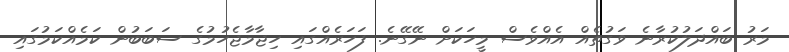
މަރު ބައްދަލުކުރާނެ ވަގުތެއް އެއްވެސް މީހަކަށް ނޭގޭނެ. ފަހަރެއްގައި ހިޖާމާޖެހުމުގެ ސަބަބުން ކަމެއްކަމުގައި